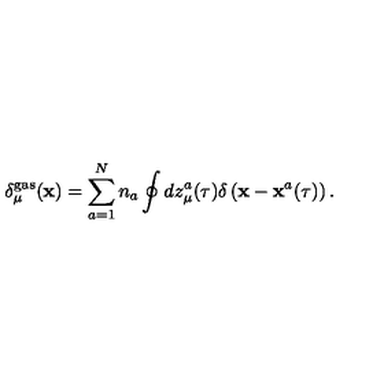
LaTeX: \delta _ { \mu } ^ { \mathrm { g a s } } ( { \bf x } ) = \sum _ { a = 1 } ^ { N } n _ { a } \oint d z _ { \mu } ^ { a } ( \tau ) \delta \left( { \bf x } - { \bf x } ^ { a } ( \tau ) \right) .